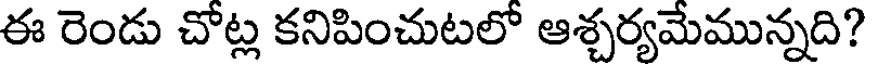
ఈ రెండు చోట్ల కనిపించుటలో ఆశ్చర్యమేమున్నది?